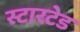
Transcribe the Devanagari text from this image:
स्टारटेड